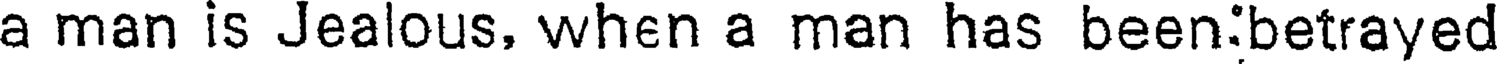
a man is Jealous, when a man has been:betrayed